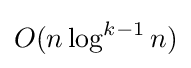
{O}(n\log ^{k-1}n)